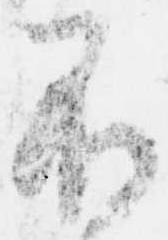
不